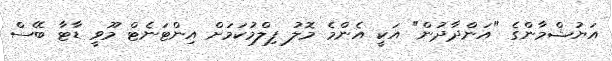
އަޔުޝްމާންގެ "އަންދާދުން" އަކީ އެންމެ މޮލު ފިލްމުކަމަށް އިންޓަނެޓް މޫވީ ޑާޓާ ބޭސް